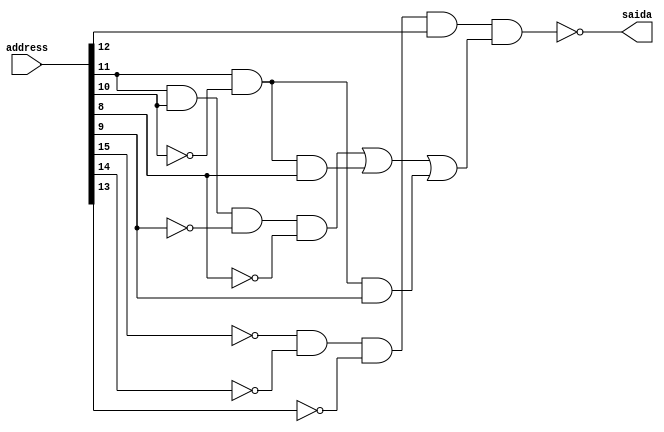
module ADDRDecoding(address, saida);

	input [15:0] address;
	output saida;
	
	assign saida = ~((~address[15] & ~address[14] & ~address[13] & address[12]) &
						((address[11] & address[10] & ~address[9] & ~address[8]) |
						(address[11] & ~address[10] & address[8]) |
						(address[11] & ~address[10] & address[9])));

endmodule